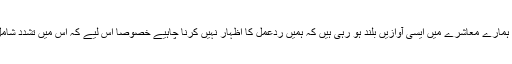
یہ امر افسوسناک ہے کہ ہمارے معاشرے میں ایسی آوازیں بلند ہو رہی ہیں کہ ہمیں ردعمل کا اظہار نہیں کرنا چاہیے خصوصاً اس لیے کہ اس میں تشدد شامل ہونے کااندیشہ ہوتاہے۔